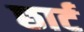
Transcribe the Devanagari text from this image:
छार्ट